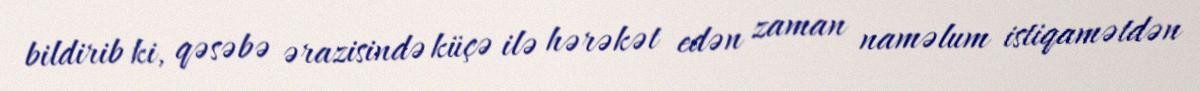
bildirib ki, qəsəbə ərazisində küçə ilə hərəkət edən zaman naməlum istiqamətdən